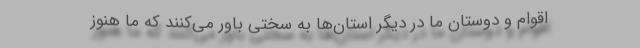
اقوام و دوستان ما در دیگر استان‌ها به سختی باور می‌کنند که ما هنوز